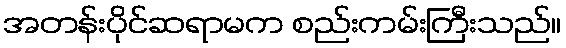
အတန်းပိုင်ဆရာမက စည်းကမ်းကြီးသည်။